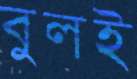
বুলই